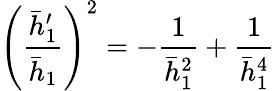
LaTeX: \left(\frac{\bar{h}_{1}^{\prime}}{\bar{h}_{1}}\right)^{2}=-\frac{1}{\bar{h}_{1}^{2}}+\frac{1}{\bar{h}_{1}^{4}}